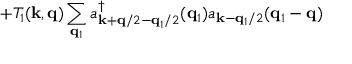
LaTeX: + T _ { 1 } ( { \bf { k } } , { \bf { q } } ) \sum _ { { \bf { q } } _ { 1 } } a _ { { \bf { k } } + { \bf { q } } / 2 - { \bf { q } } _ { 1 } / 2 } ^ { \dagger } ( { \bf { q } } _ { 1 } ) a _ { { \bf { k } } - { \bf { q } } _ { 1 } / 2 } ( { \bf { q } } _ { 1 } - { \bf { q } } )